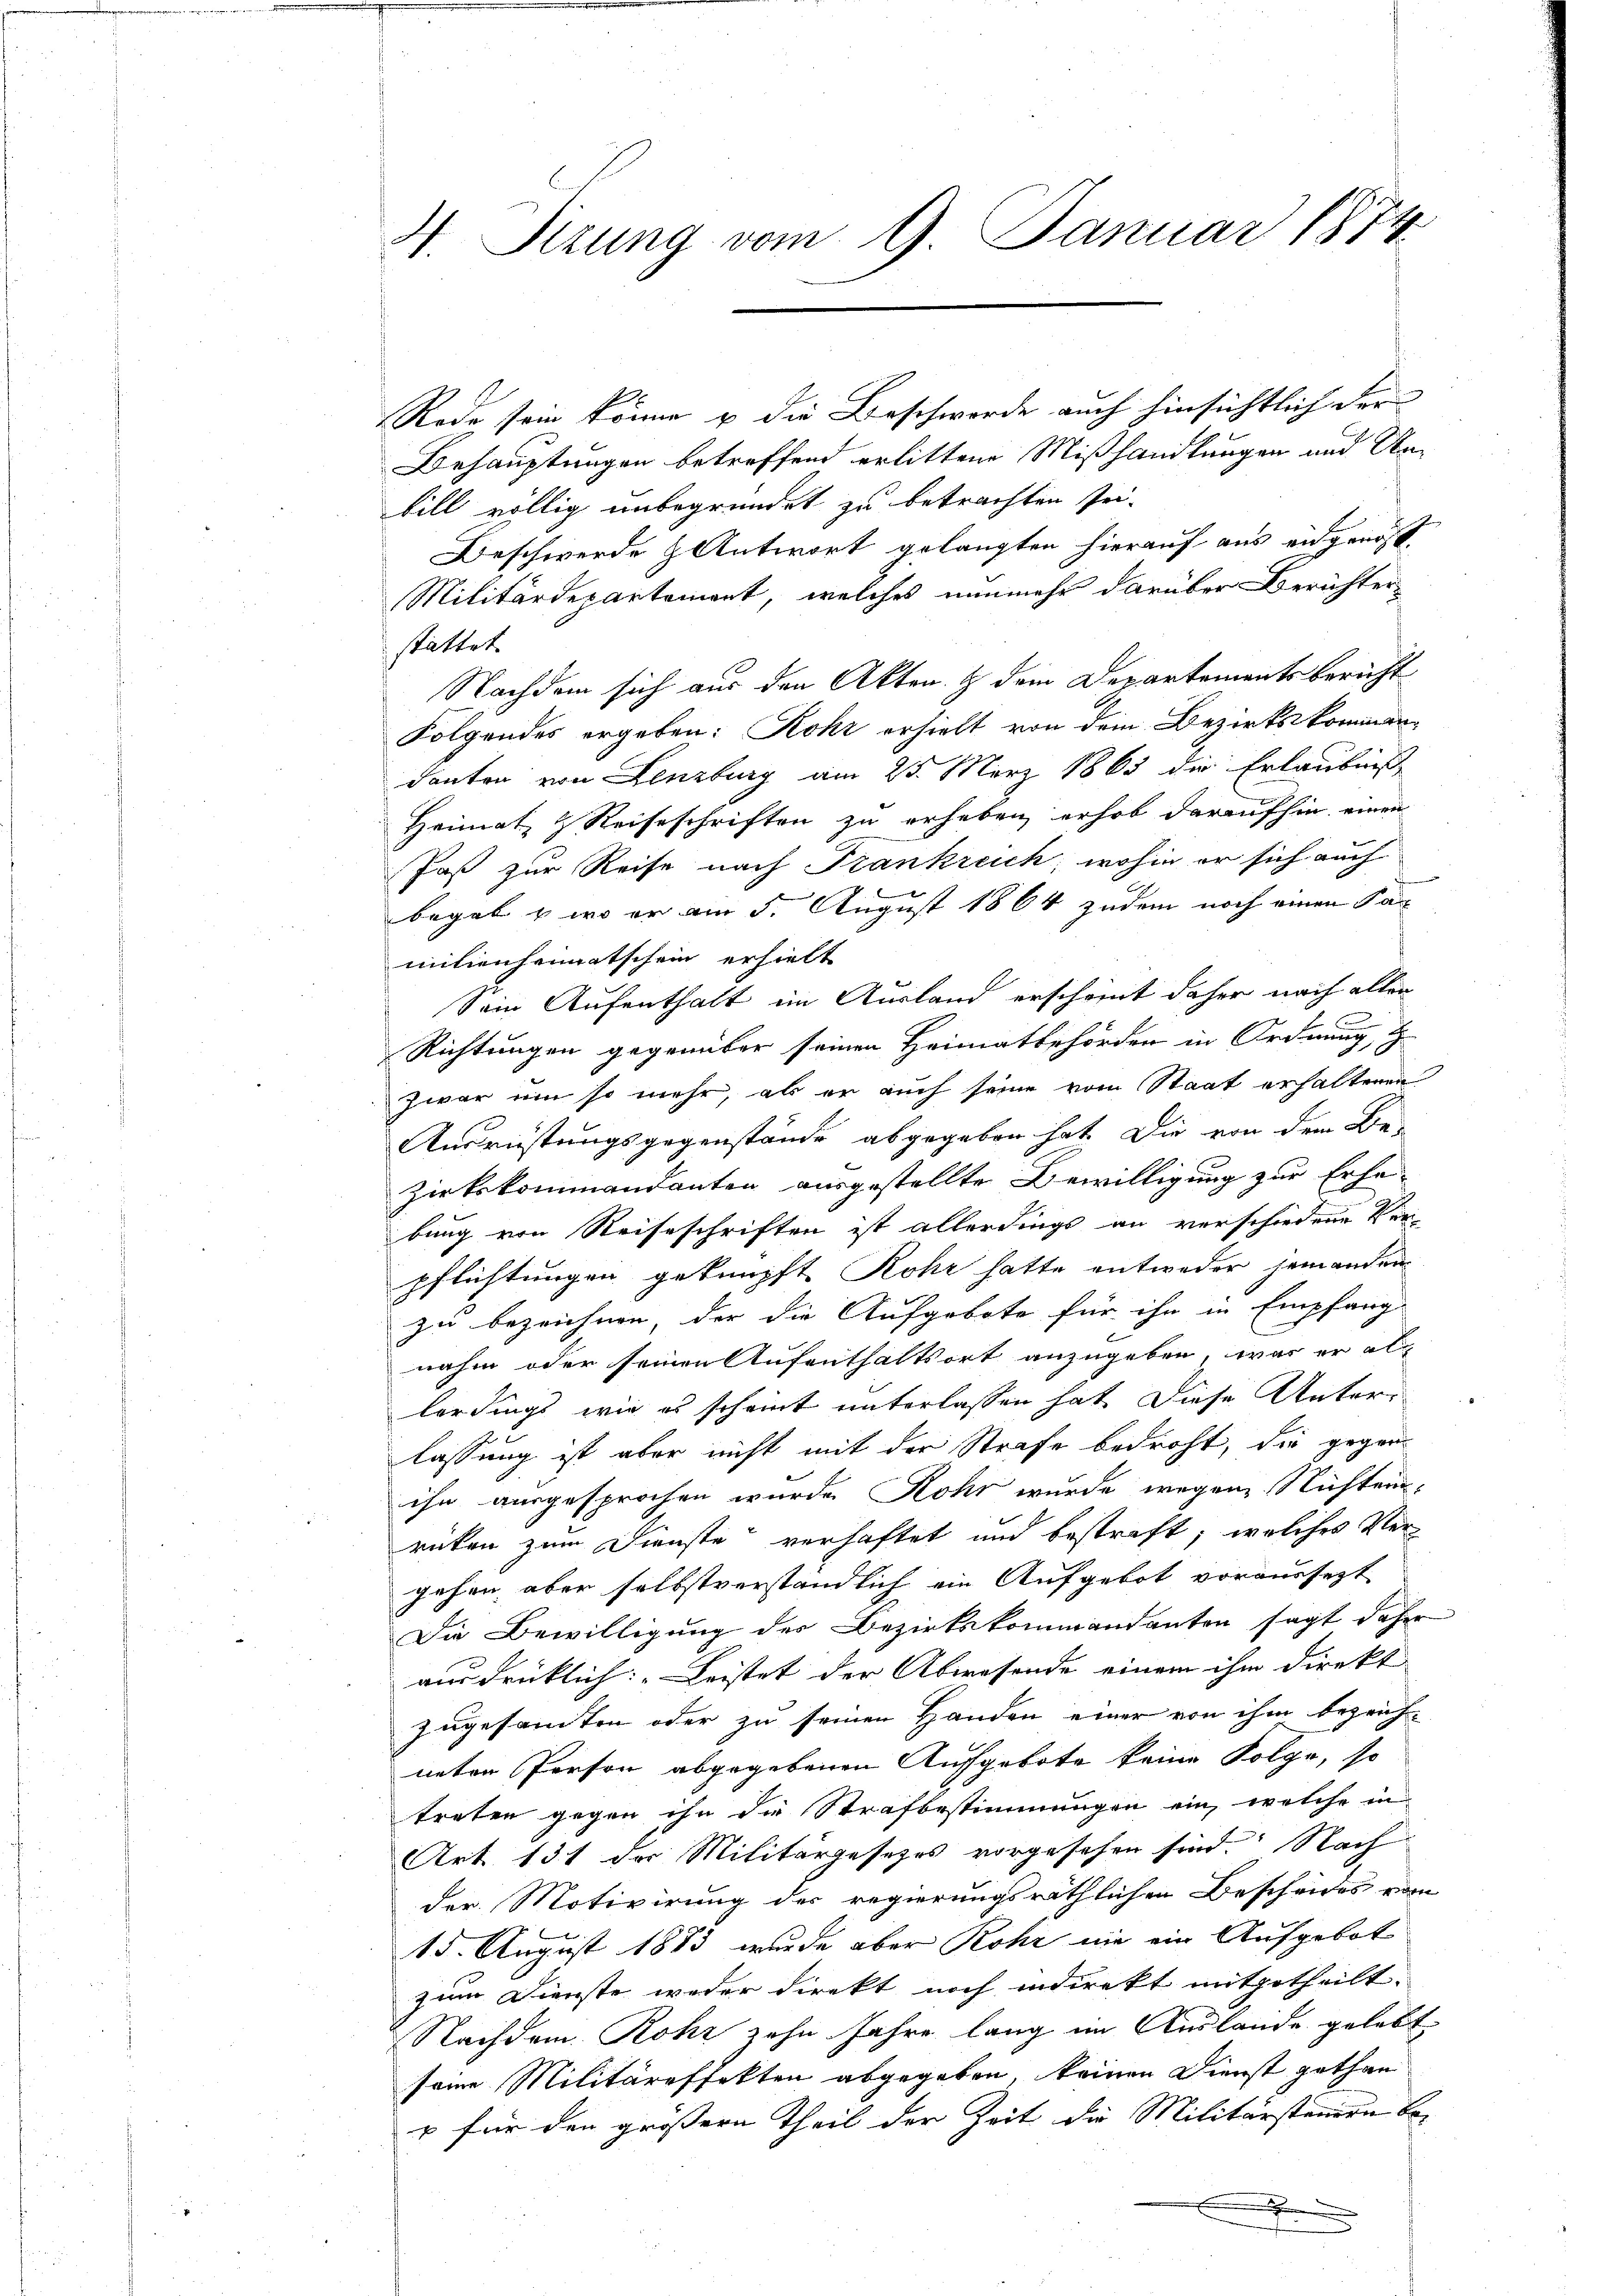
4. Sitzung vom 9. Januar 1874

Rede sein könne u die Beschwerde auch hinsichtlich der |
Behauptungen betreffend erlittene Mißhandlungen und Unbill völlig unbegründet zu betrachten sei¬
Beschwerde & Antwort gelangten hierauf aus engenos¬
Militärdepartement, welches nunmehr darüber Berichterstattet
Nachdem sich aus den Akten & dem Departements bericht
Folgendes ergeben: Rohr erhielt von dem Bezirkskommendanten von Lenzburg am 25. März 1863 die Erlaubniß
Heimat & Reiseschriften zu erheben, erhob daraufhin einen
Jaß zur Reise nach Frankreich, wohin er sich auch
begab & wo er am 5. August 1864 zudem noch einen Kan
milienheimatschein erhielt
Sein Aufenthalt im Ausland erscheint daher nach allen
Richtungen gegenüber seinen Heimatbehörden in Ordnung, H
zwar um so mehr, als er auch seine vom Staat erhaltenen
Ausrüstungsgegenstände abgegeben hat. Die von dem Be-
zirkskommandanten ausgestellte Bewilligung zur Erhebung von Reiseschriften ist allerdings an verschiedene Krepflichtungen geknüpft Rohr hatte entweder jemanden
zu bezeichnen, der die Aufgebote für ihn in Empfang-
nahm oder seinen Aufenthaltsort anzugeben, was er al
lerdings wie es scheint unterlassen hat diese Unterlassung ist aber nicht mit der Strafe bedroht, die gegen
ihn ausgesprochen wurde Rohr wurde wegen Nichten.
rücken zum Dienste verhaftet und bestraft, welches Vergehen, aber selbstverständlich ein Aufgebot voraussetzt
Die Bewilligung der Bezirkskommandanten sagt daher
ausdrücklich: „Leistet der Abwesende einem ihm direkt
zugesamten oder zu seinen Handen einer von ihm bezeich-
neten Person abgegebenen Aufgebote keine Folge, so
treten gegen ihn die Strafbestimmungen ein, welche in
Art 131 der Militärgesetzes vorgesehen sind. Nach
der Motivirung der regierungsräthlichen Bescheides vom
15. August 1883 wurde aber Rohr nie ein Aufgebot
zum Dienste weder direkt noch indirekt mitgetheilt.
Nachdem Rohr zehn Jahre lang im Auslande gelebt.
seine Militäreffekten abgegeben, keinen Dienst gethan
u für den grössern Theil der Zeit die Militärsteuern bex